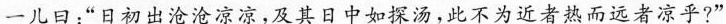
一儿日：”日初出沧沧凉凉，及其日中如探汤，此不为近者热而远者凉乎?”